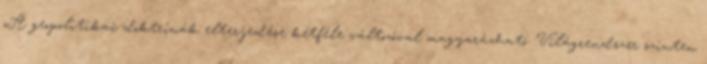
„A geopolitikai doktrínák elterjedése kétféle változóval magyarázható. Világrendszer szinten